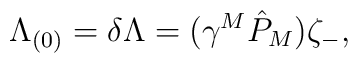
{\Lambda_{(0)} = \delta \Lambda = (\gamma^M \hat P_M) \zeta_{-}, }